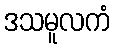
ဒသမူလကံ